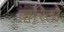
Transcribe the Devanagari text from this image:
बारितो